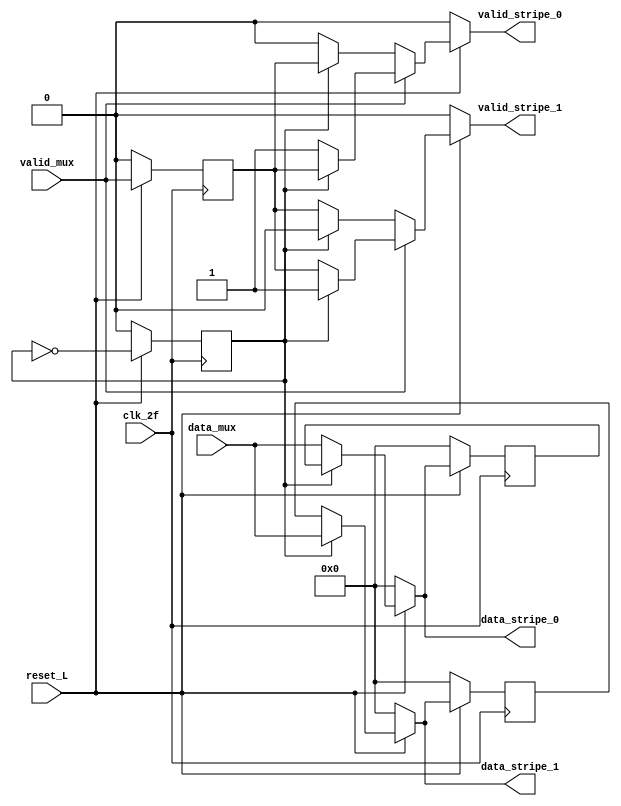
module bs(
    input [7:0]data_mux,
    input valid_mux,
    input reset_L,
    input clk_2f,
    output reg [7:0]data_stripe_0,
    output reg valid_stripe_0,
    output reg [7:0]data_stripe_1,
    output reg valid_stripe_1);

reg selector;
reg validflop;
reg [7:0] l0;
reg [7:0] l1;
reg flag;


always @(*)begin

    
    if(reset_L==0)begin
        data_stripe_0='b0;
        valid_stripe_0='b0;
        data_stripe_1='b0;
        valid_stripe_1='b0;
        flag='b0;
    end

    else begin
        if (valid_mux==0) begin //datos no validos
            if (selector==0) begin
                data_stripe_0=data_mux;
                data_stripe_1=l1;
                valid_stripe_0=valid_mux;
                valid_stripe_1=validflop;
            end 
            else begin
                data_stripe_1=data_mux;
                data_stripe_0=l0;
                valid_stripe_1=valid_mux;
                valid_stripe_0=validflop;
            end
        end 

        else begin
            flag='b0;
            if (selector==0) begin
                data_stripe_0=data_mux;
                data_stripe_1=l1;
                valid_stripe_0=valid_mux;
                valid_stripe_1=validflop;
            end 
            else begin
                data_stripe_1=data_mux;
                data_stripe_0=l0;
                valid_stripe_1=valid_mux;
                valid_stripe_0=validflop;
            end
        end
    end
end

// always @(posedge valid_mux)begin
//     selector='b0;
// end

always @(posedge clk_2f)begin
    if(reset_L==0)begin
        selector<='b0;
        validflop<='b0;
        l0<='b0;
        l1<='b0;
    end
    
    else begin
        validflop<=valid_mux;
        l0<=data_stripe_0;
        l1<=data_stripe_1;
        selector<=~selector;
    end
end


endmodule